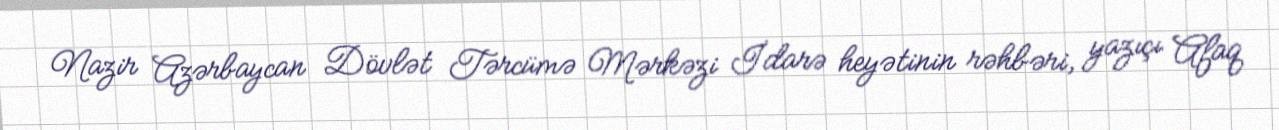
Nazir Azərbaycan Dövlət Tərcümə Mərkəzi İdarə heyətinin rəhbəri, yazıçı Afaq